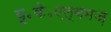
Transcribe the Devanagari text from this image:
यू॰के॰एल्बमज़